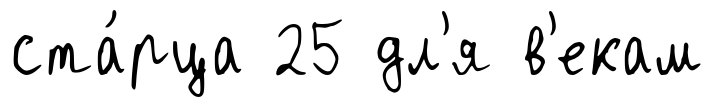
ста́рца 25 дл'я в'екам